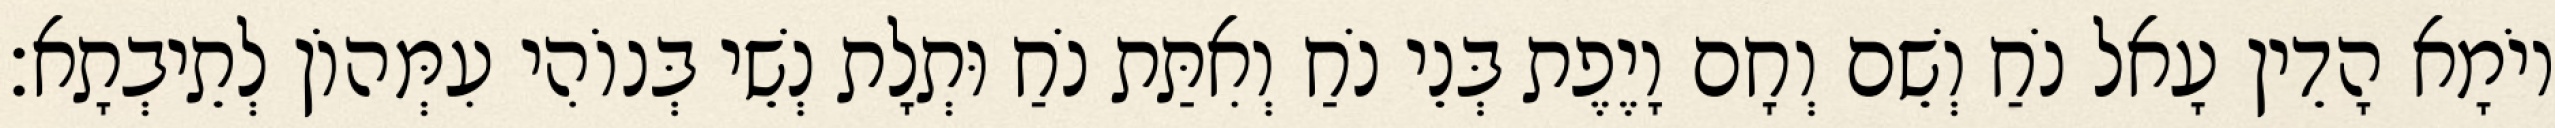
יוֹמָא הָדֵין עָאל נֹחַ וְשֵׁם וְחָם וָיֶפֶת בְּנֵי נֹחַ וְאִתַּת נֹחַ וּתְלָת נְשֵׁי בְּנוֹהִי עִמְּהוֹן לְתֵיבְתָא׃